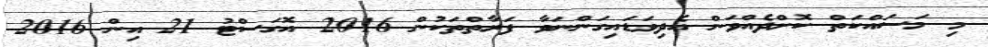
މި މަސައްކަތް ކޮށްދެއްވަން އެދިވަޑައިގަންނަވާ ފަރާތްތަކުން 2016 އޮގަސްޓު 21 އިން 2016